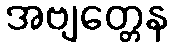
အဗျတ္တေန